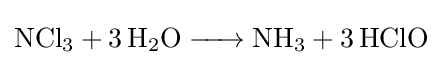
{\ce {NCl3 + 3H2O -> NH3 + 3HClO}}